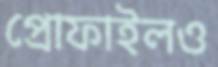
প্রোফাইলও